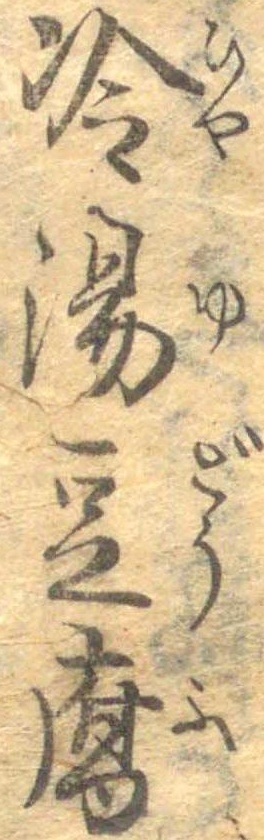
冷湯豆腐